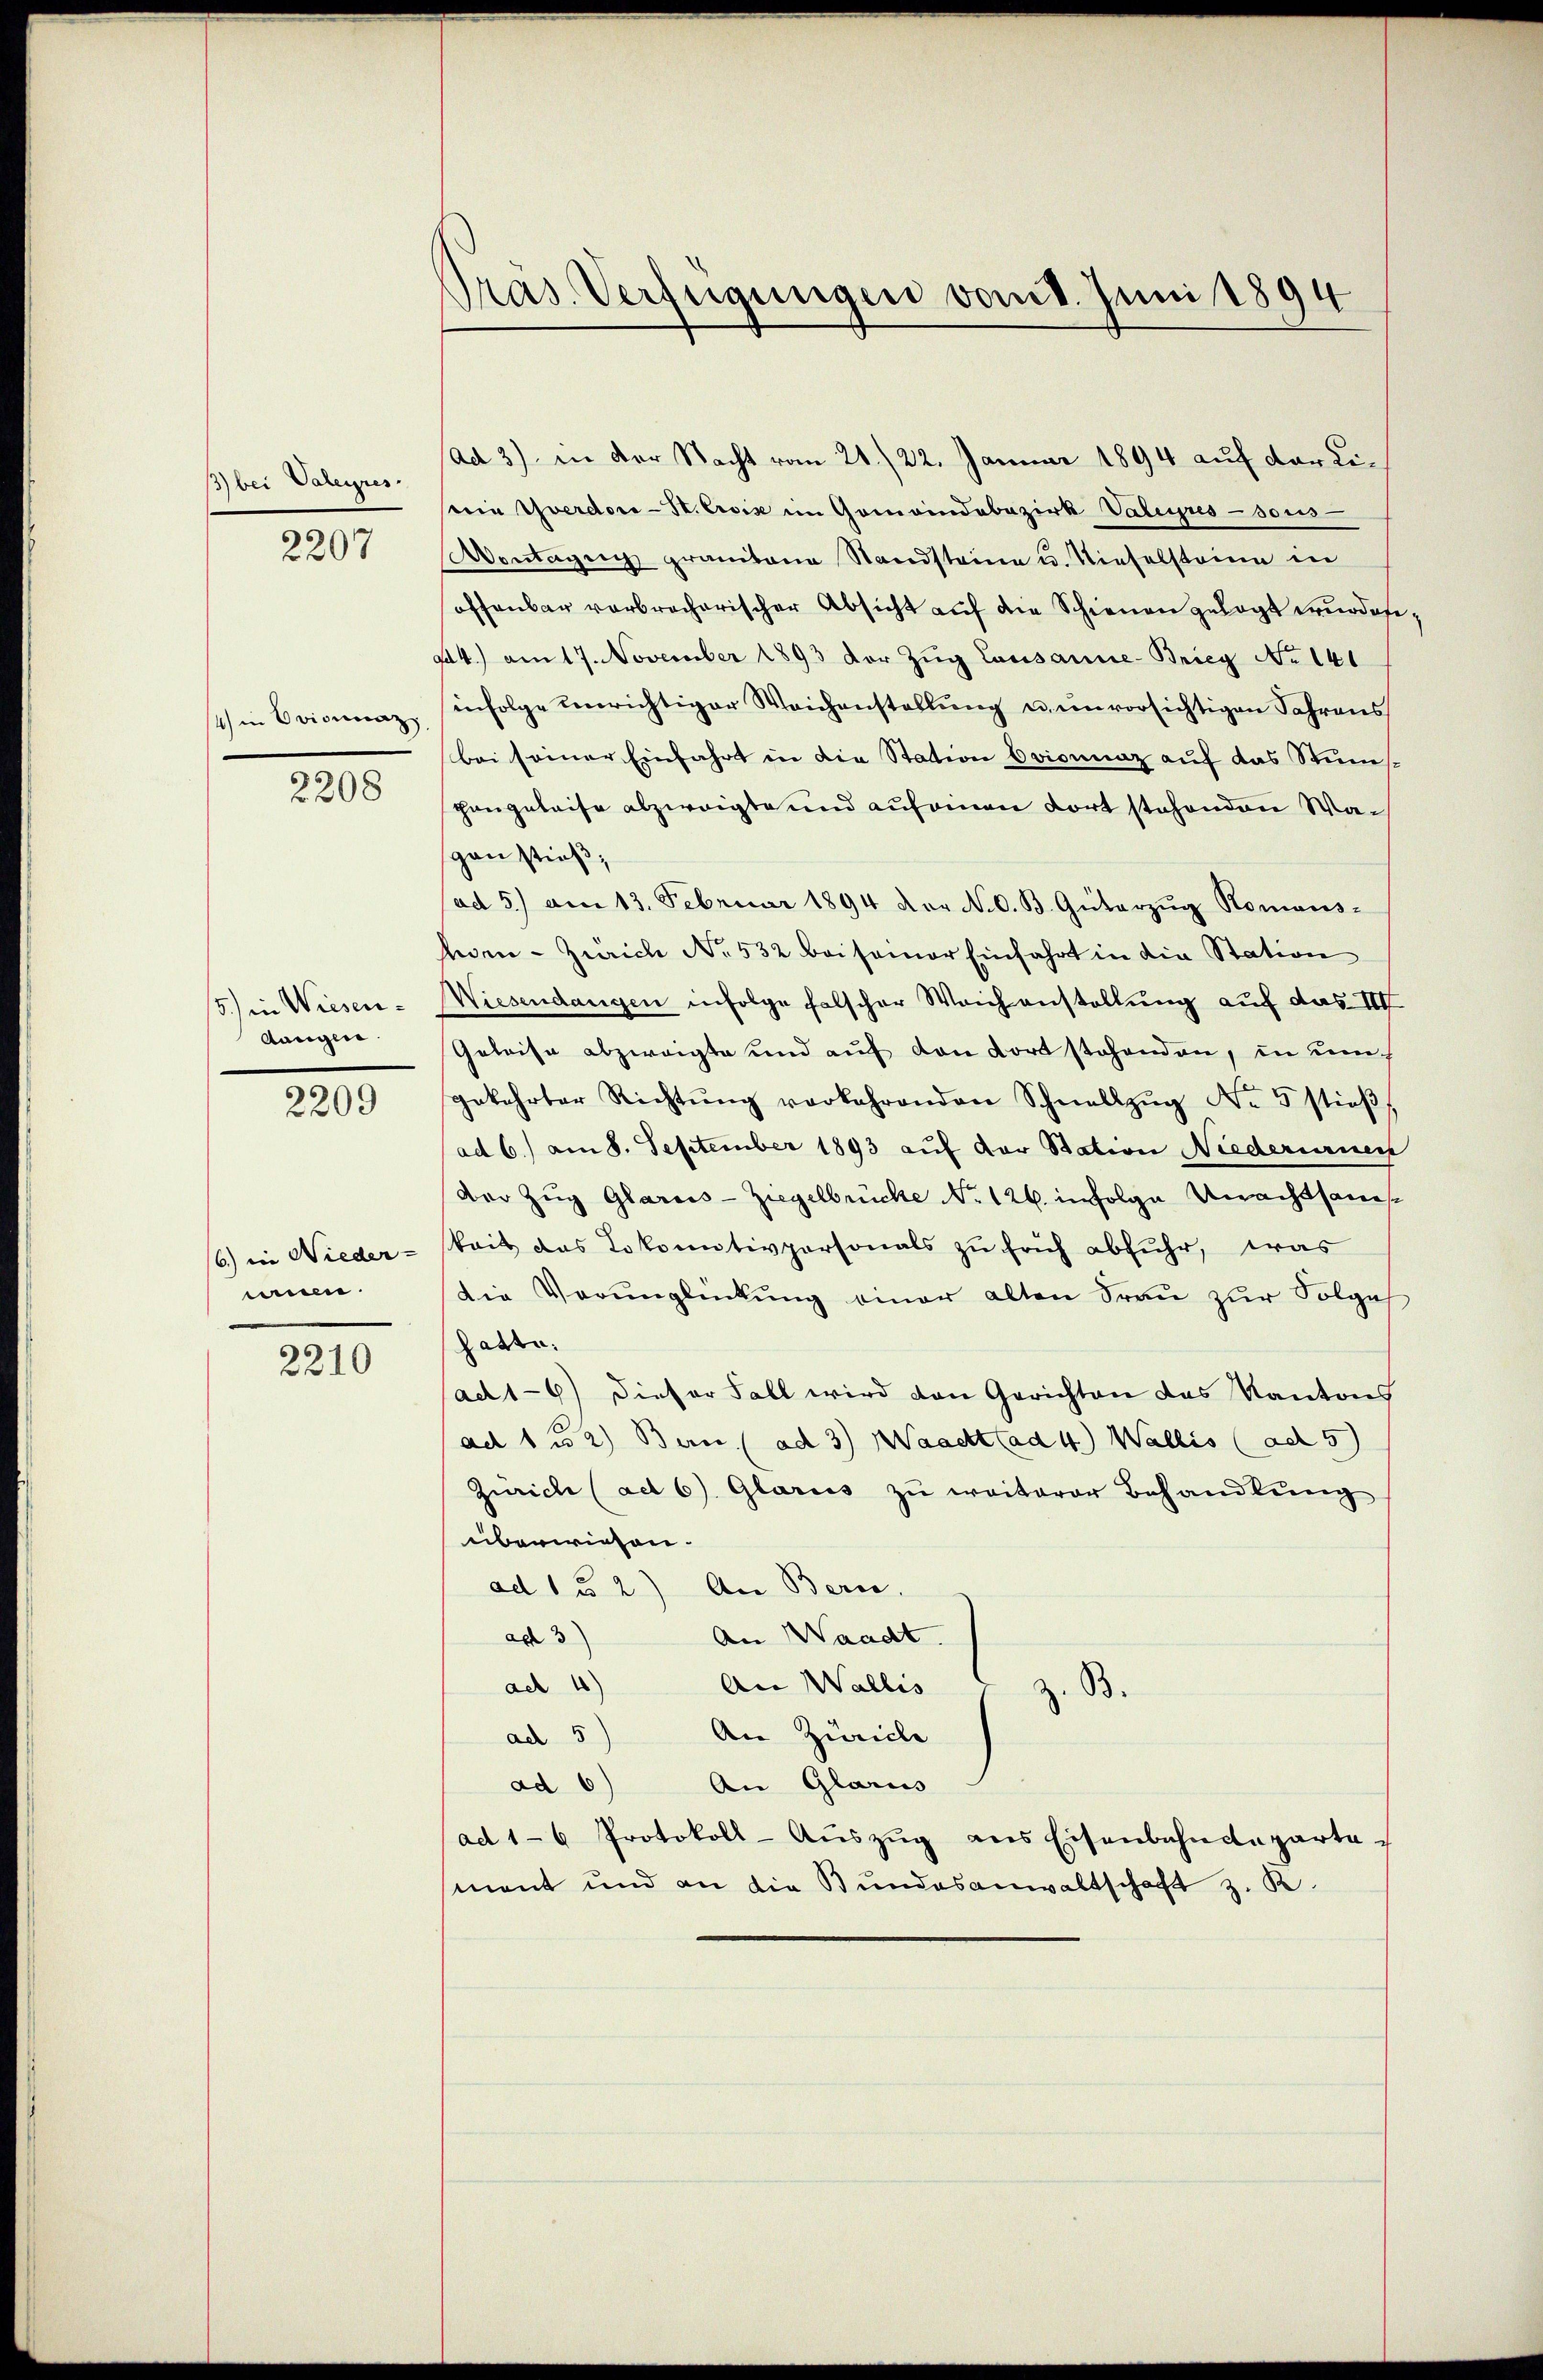
1) bei Valeyres.
2207

4) in Ovionnaz

2208

/3) in Wiesendangen.

2209

nien.

2210

Präs. Verfügungen vom 8. Juni 1894

Ad 3) in der Nacht vom 21./22. Januar 1894 auf der Lidin Yverdore-St. Crois im Gemeindebezirk Valeres sous
Montagen granitane Standsteine u. Nieselstaine in
offenbar verbrecherischer Absicht auf die Schienen gelegt erurdofe¬
44.) am 17. November 1893 der Zug Lausanne-Brieg No 141
infolge unrichtiger Weichenstellung u. unvorsichtigen Jahrens
bei seiner Einfahrt in die Station Evionnaz auf das Stums-
Hangeleise abzweigte und auf einen dort stehenden Wagau stieß,
ad 5.) am 13. Februar 1894 der N. O. B. Güterzŭg Romans-
hoen - Zürich No. 532 bei seiner Einfahrt in die Station
WWiesendangen infolge falscher Weichanstellung auf das III
Geleise abzweigte und auf von dort stehenden, in dem
gekehrter Richtŭng vorkehrenden Schnellzŭg No 5 stieβ
ad 6.) am 8. September 1893 auf der Station Niederurner
der Zŭg Glarus-Ziegelbrücke No. 126 infolge Unachtsam¬
6) in Nieder-Zeit das Lokomotivpersonals zu früh abfuhr, was
Die Verunglückung einer alten Frau zur Folge
hatte.
ad1-6) dieser Fall wird den Gerichten das Kantons
ad 1 u 2) Bern (ad 3) Waaett (ad 4) Wallis (ad 5)
Zürich (ad 6) Glarus zu weiterer Behandlung
überwiesen.
ad 1 u 2) An Beric
ad 3)
An Waadt.
ad 4) An Wallis
z. B.
ad 5) An Zürich
ad 6) An Glarus
ad 16 Protokoll-Aŭszŭg ans Eisenbahndepartement und an die Bundesanwaltschaft z. B.